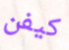
كيفن